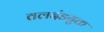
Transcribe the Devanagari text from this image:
तलदंडयुक्त